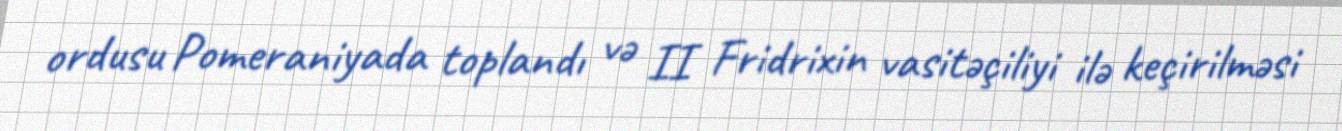
ordusu Pomeraniyada toplandı və II Fridrixin vasitəçiliyi ilə keçirilməsi